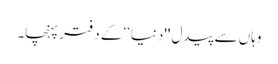
وہاں سے پیدل ''دنیا‘‘ کے دفتر پہنچا۔